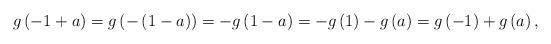
LaTeX: \begin{align*}g\left(-1+a\right)=g\left(-\left(1-a\right)\right)=-g\left(1-a\right)=-g\left(1\right)-g\left(a\right)=g\left(-1\right)+g\left(a\right),\end{align*}